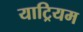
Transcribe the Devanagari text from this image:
याट्रियम